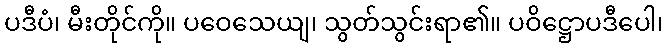
ပဒီပံ၊ မီးတိုင်ကို။ ပဝေသေယျ၊ သွတ်သွင်းရာ၏။ ပဝိဋ္ဌောပဒီပေါ၊